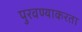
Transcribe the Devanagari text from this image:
पुरवण्याकरता